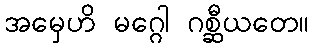
အမှေဟိ မဂ္ဂေါ ဂစ္ဆီယတေ။